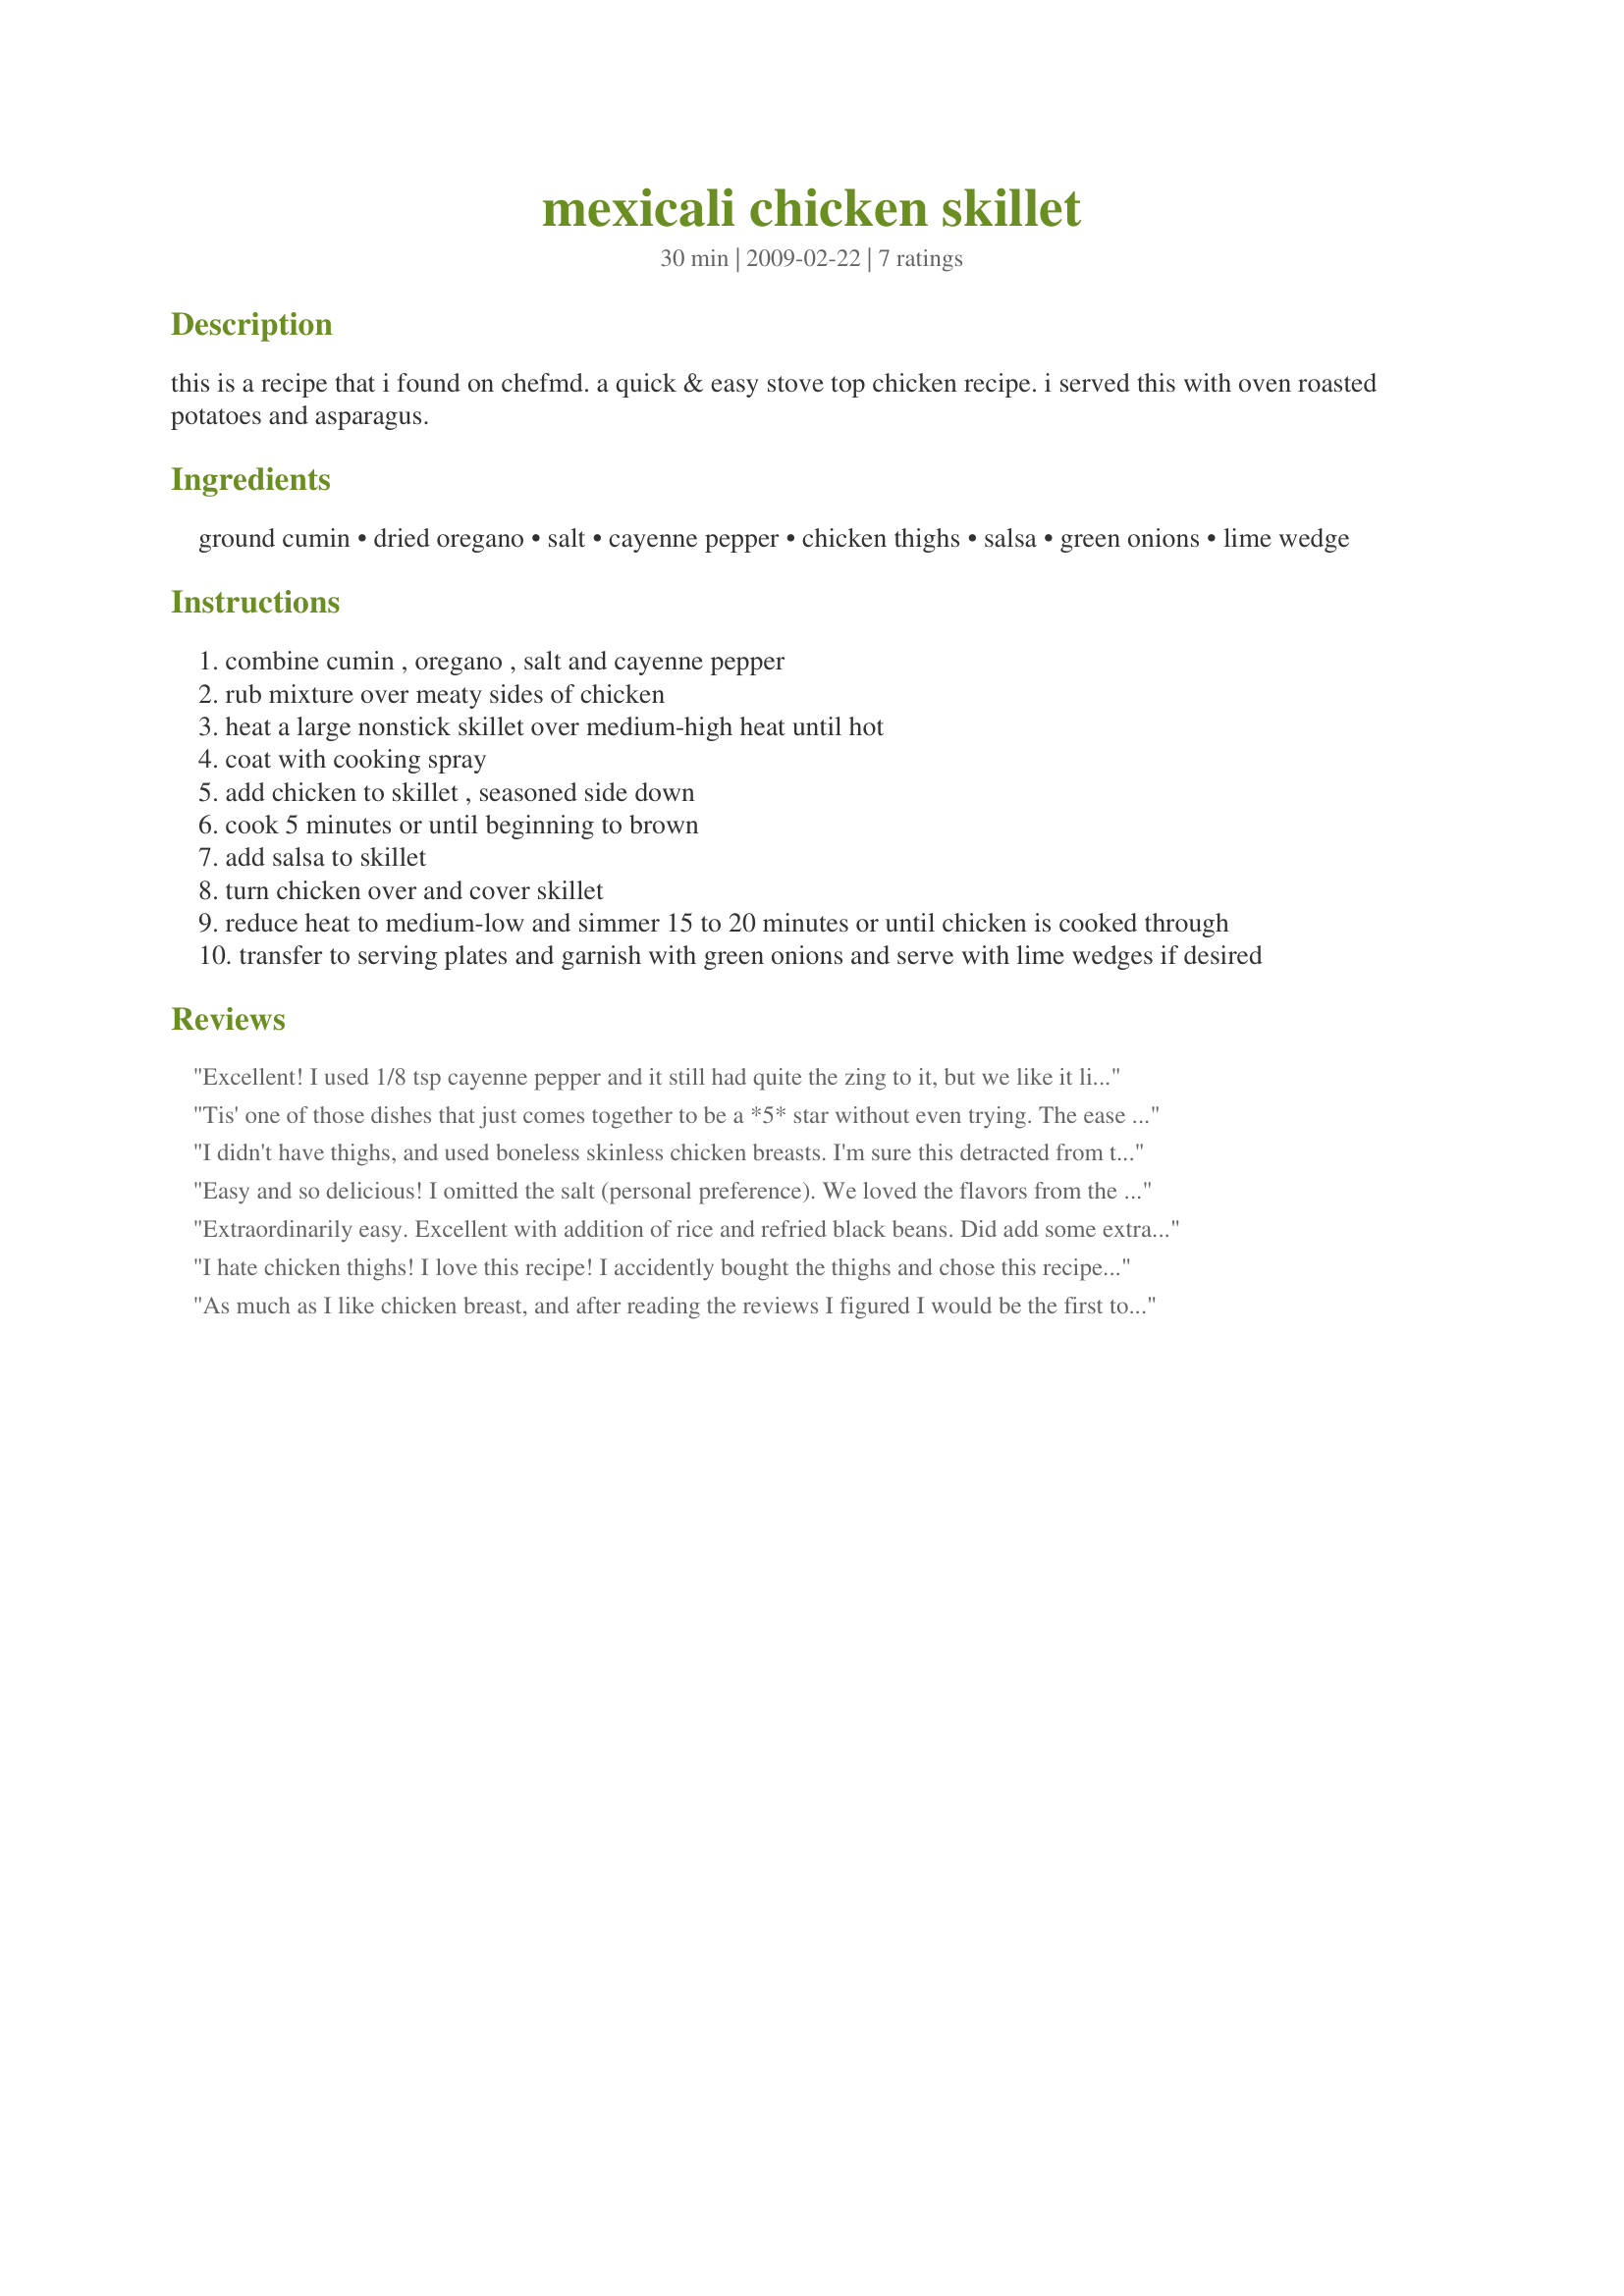
mexicali chicken skillet
Preparation time: 30 minutes

this is a recipe that i found on chefmd. a quick & easy stove top chicken recipe. i served this with oven roasted potatoes and asparagus.

Ingredients:
ground cumin, dried oregano, salt, cayenne pepper, chicken thighs, salsa, green onions, lime wedge

Steps:
combine cumin , oregano , salt and cayenne pepper
rub mixture over meaty sides of chicken
heat a large nonstick skillet over medium-high heat until hot
coat with cooking spray
add chicken to skillet , seasoned side down
cook 5 minutes or until beginning to brown
add salsa to skillet
turn chicken over and cover skillet
reduce heat to medium-low and simmer 15 to 20 minutes or until chicken is cooked through
transfer to serving plates and garnish with green onions and serve with lime wedges if desired

Reviews:
Excellent! I used 1/8 tsp cayenne pepper and it still had quite the zing to it, but we like it like that, but I was trying to make it more mellow for the kids, which did not really work out. I also added 1/3 cup of long grain rice which made a lot of rice along with the salsa. Had to add a bit of chicken broth to be able to cook the rice until tender, perhaps my skillet was too large. I sprinkled with cilantro and green onions just before serving.
Tis' one of those dishes that just comes together to be a *5* star without even trying. The ease coupled with the delightful taste is over the top in all respects. I followed this exactly, and since I was serving this with rice, I thought, "What the hey" I might as well put the rice in too, instead of cooking in separately. So whilst the chick was bubbling happily away, I hit two ants with one marble. When the chicken was done, so was the rice, in this oozing full of goodness dish. A must, must try. You will never want to stop out a carryout again. :) Made for *Everyday is a Holiday July 2009
I didn't have thighs, and used boneless skinless chicken breasts. I'm sure this detracted from the taste somewhat, but this was really good with chicken breasts. 2 large chicken breasts would definitely serve 4! This recipe has a lot of flavor and spice, so if you don't like that, I wouldn't try it. But if you do, this is the recipe for you. I think Andi's idea of adding the rice to the skillet would work out great...my sauce was runny, and the rice would definitely soak that up! Thanks for posting!
Easy and so delicious! I omitted the salt (personal preference). We loved the flavors from the seasonings and salsa. Excellent. I took Andi's suggestion of adding in some rice, and it was absolutely wonderful with the chicken, soaking up all the salsa and juices. I got a great deal on chicken leg quarters, so I threw in thighs & drumsticks - loved it. Thanks for sharing!
Extraordinarily easy. Excellent with addition of rice and refried black beans. Did add some extra white onion and a clove of garlic with the salsa to great effect...awesome for a college student on a budget with rudimentary kitchen skills! 4 stars only because while strongly flavored, a bit one-dimensional and a little too tomato-ey.
I hate chicken thighs! I love this recipe! I accidently bought the thighs and chose this recipe to "cover up" the flavor. The whole family loved it. It was super easy to make. I used regular onions, less cayenne, and no lime wedge. The flavors were delicious and I'm going to start buying the chicken thighs now that I know they can taste good! Thanks for posting this recipe.
As much as I like chicken breast, and after reading the reviews I figured I would be the first to use chicken thighs. This is the kind of chicken for me at least, nice and spicy. Love the salsa here too. I made some rice to go along with this and cooked together. I also heated the salsa separately and poured over the chicken . This was an excellent combo. Made for 1-2-3 hits.
